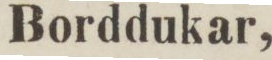
Borddukar,